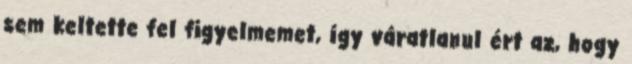
sem keltette fel figyelmemet, így váratlanul ért az, hogy